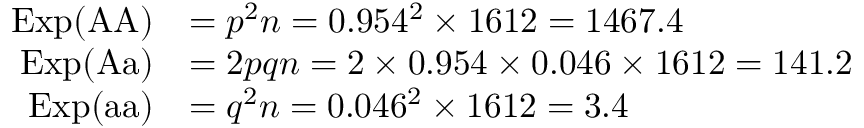
{ \begin{array} { r l } { \mathrm { E x p } ( { \mathrm { A A } } ) } & { = p ^ { 2 } n = 0 . 9 5 4 ^ { 2 } \times 1 6 1 2 = 1 4 6 7 . 4 } \\ { \mathrm { E x p } ( { \mathrm { A a } } ) } & { = 2 p q n = 2 \times 0 . 9 5 4 \times 0 . 0 4 6 \times 1 6 1 2 = 1 4 1 . 2 } \\ { \mathrm { E x p } ( { \mathrm { a a } } ) } & { = q ^ { 2 } n = 0 . 0 4 6 ^ { 2 } \times 1 6 1 2 = 3 . 4 } \end{array} }